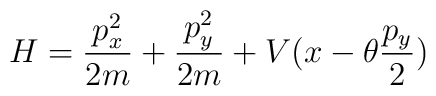
H=\frac{p_x^2}{2m}+\frac{p_y^2}{2m}+V(x-\theta\frac{p_y}{2})